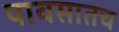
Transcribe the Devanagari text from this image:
पावसातच